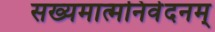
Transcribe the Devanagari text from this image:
सख्यमात्मनिवेदनम्